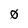
Character: 0